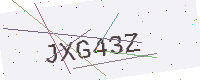
Text: JXG43Z